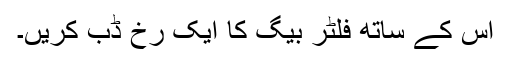
اس کے ساتھ فلٹر بیگ کا ایک رخ ڈب کریں۔